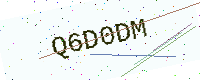
Text: Q6D0DM